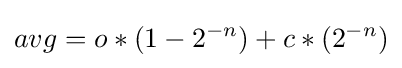
avg=o*(1-2^{-n})+c*(2^{-n})\,\!